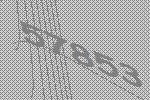
57853